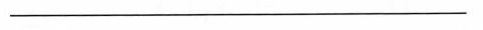
___